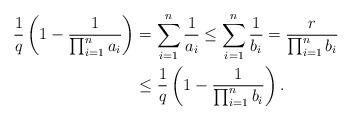
LaTeX: \begin{align*}\frac{1}{q} \left( 1 - \frac{1}{ \prod_{i=1}^n a_i} \right) & = \sum_{i=1}^n \frac{1}{a_i} \leq \sum_{i=1}^n \frac{1}{b_i} = \frac{r}{\prod_{i=1}^nb_i} \\& \leq \frac{1}{q} \left( 1 - \frac{1}{\prod_{i=1}^nb_i} \right). \end{align*}